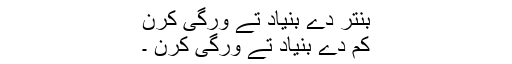
بنتر دے بنیاد تے ورگی کرن
کم دے بنیاد تے ورگی کرن ۔